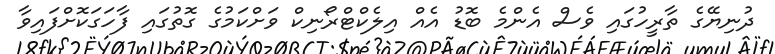
ދުނިޔޭގެ ތާރީހުގައި ވެސް އެންމެ ބޮޑު އެއް އިލެކްޓްރޯނިކް ވަށްކަމުގެ ގޮތުގައި ފާހަގަކޮށްފައިވާ